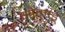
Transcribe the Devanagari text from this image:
ओकाडू